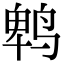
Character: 鹎